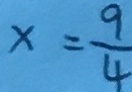
x = \frac { 9 } { 4 }